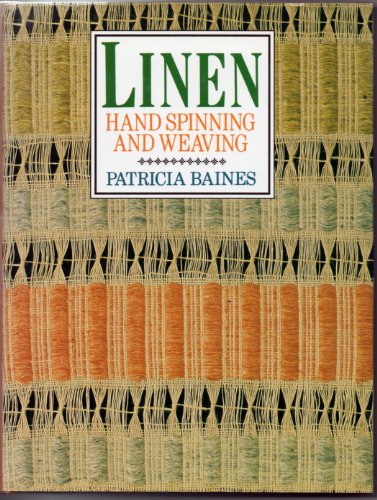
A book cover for Linen: Hand Spinning and Weaving; Patricia Baines; Crafts, Hobbies & Home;